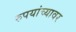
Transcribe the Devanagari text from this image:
रुपयांच्यावर